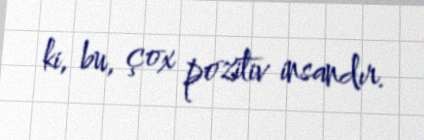
ki, bu, çox pozitiv insandır.